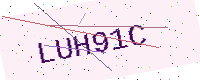
Text: LUH91C